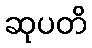
ဆုပတိ